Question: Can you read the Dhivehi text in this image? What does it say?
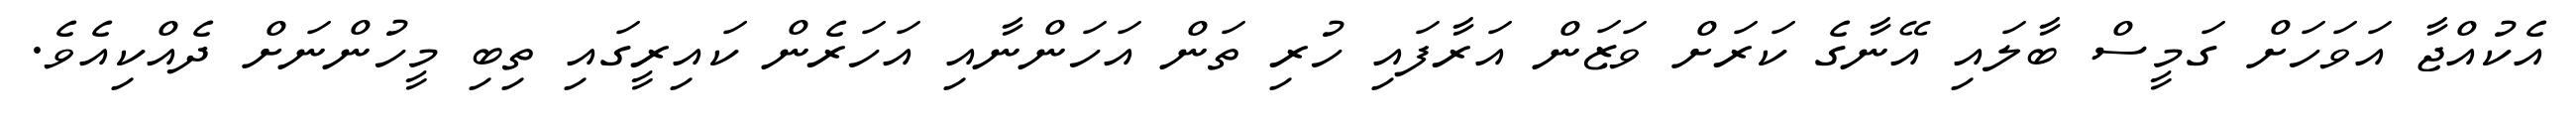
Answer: އެކުއްޖާ އަވަހަށް ގަމީސް ބާލައި އޭނާގެ ކަރަށް ވަޒަން އަރާފައި ހުރި ތަން އަހަންނާއި އަހަރެން ކައިރީގައި ތިބި މީހުންނަށް ދެއްކިއެވެ.